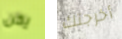
يكن أخرجتك